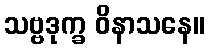
သဗ္ဗဒုက္ခ ဝိနာသနေ။